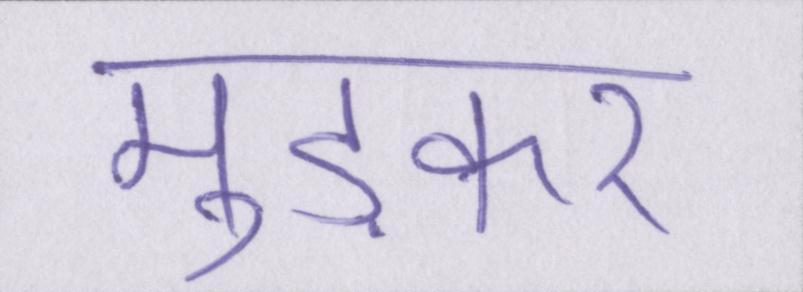
मुड़कर